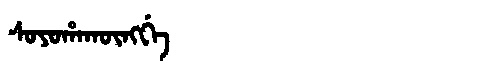
Manchu: ᠰᠣᠶᠣᡥᠠᡴᡡᠩᡤᡝ
Romanization: SOYOHAKŪNGGE